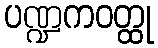
ပဏ္ဍကဝတ္ထု